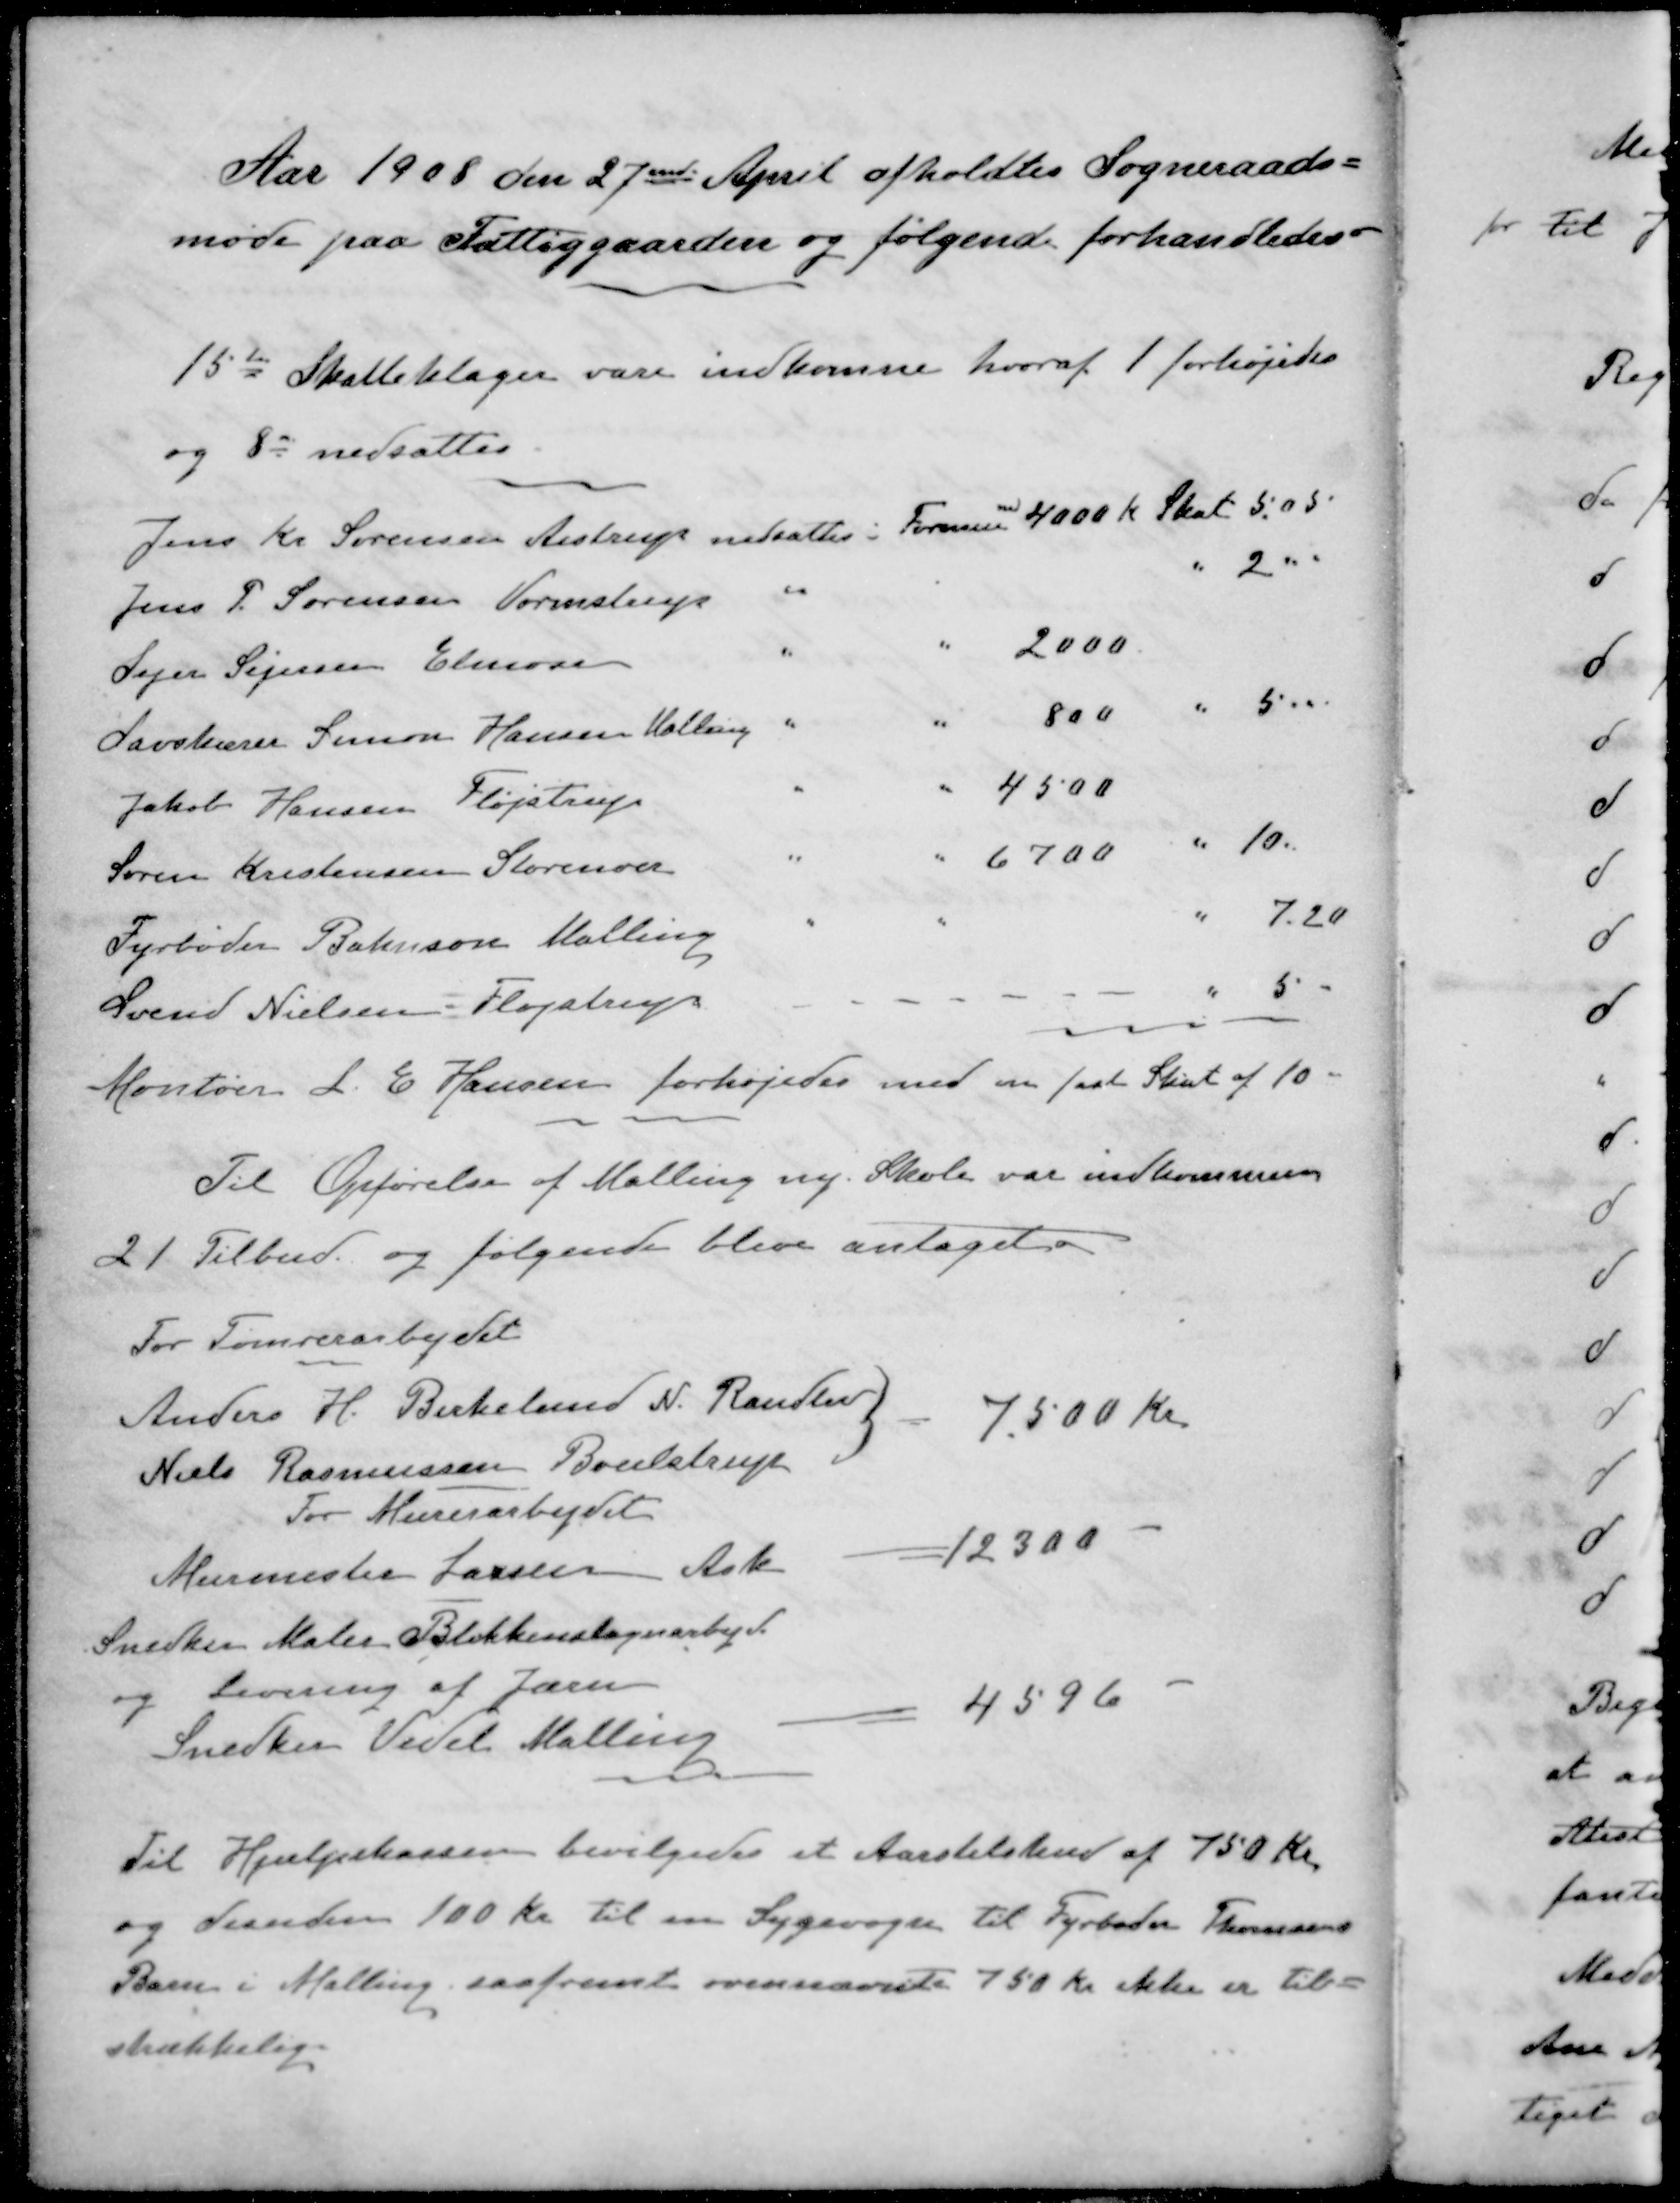
Transskription:
Aar 1908 den 27de April afholdtes Sogneraads-
møde paa Fattiggaarden og følgende forhandledes
15  Skatteklager vare indkomne hvoraf 1 forhøjet
og 8  nedsattes
Jens Kr. Sørensen Aistrup nedsattes i Formue 4000 Kr Skat 5,05
Jens P. Sørensen Vormstrup " " 2
Sejer Sejersen Elmose " " 2000
Savskærer Simon Hansen Malling " " 800 " 5
Jakob Hansen Fløjstrup " " 4500
Søren Kristensen Storenor " " 6700 " 10.
Fyrbøder Bahnson Malling " " " 7,20
Svend Nielsen Fløjstrup
" 5
Montør L. E. Hansen forhøjedes med en fast Skat af 10
Til Opførelse af Malling ny Skole var indkommen
21 Tilbud og følgende blive antaget
For Tømrerarbejdet
Anders H. Birkelund N. Randlev
Niels Rasmussen Boulstrup
7.500 Kr
For Murerarbejdet
Murmester Larsen Ask
12300 -
Snedker Maler Blikkenslagerarbejde
og Levering af Jærn
Snedker Vedel Malling
4596 -
Til Hjælpekassen bevilgedes et Aarstilskud af 750 Kr.
og desuden 100 Kr til en Sygevogn til Fyrbøder Thomsens
Barn i Malling, saafremt ovennævnte 750 Kr ikke er til-
strækkelig